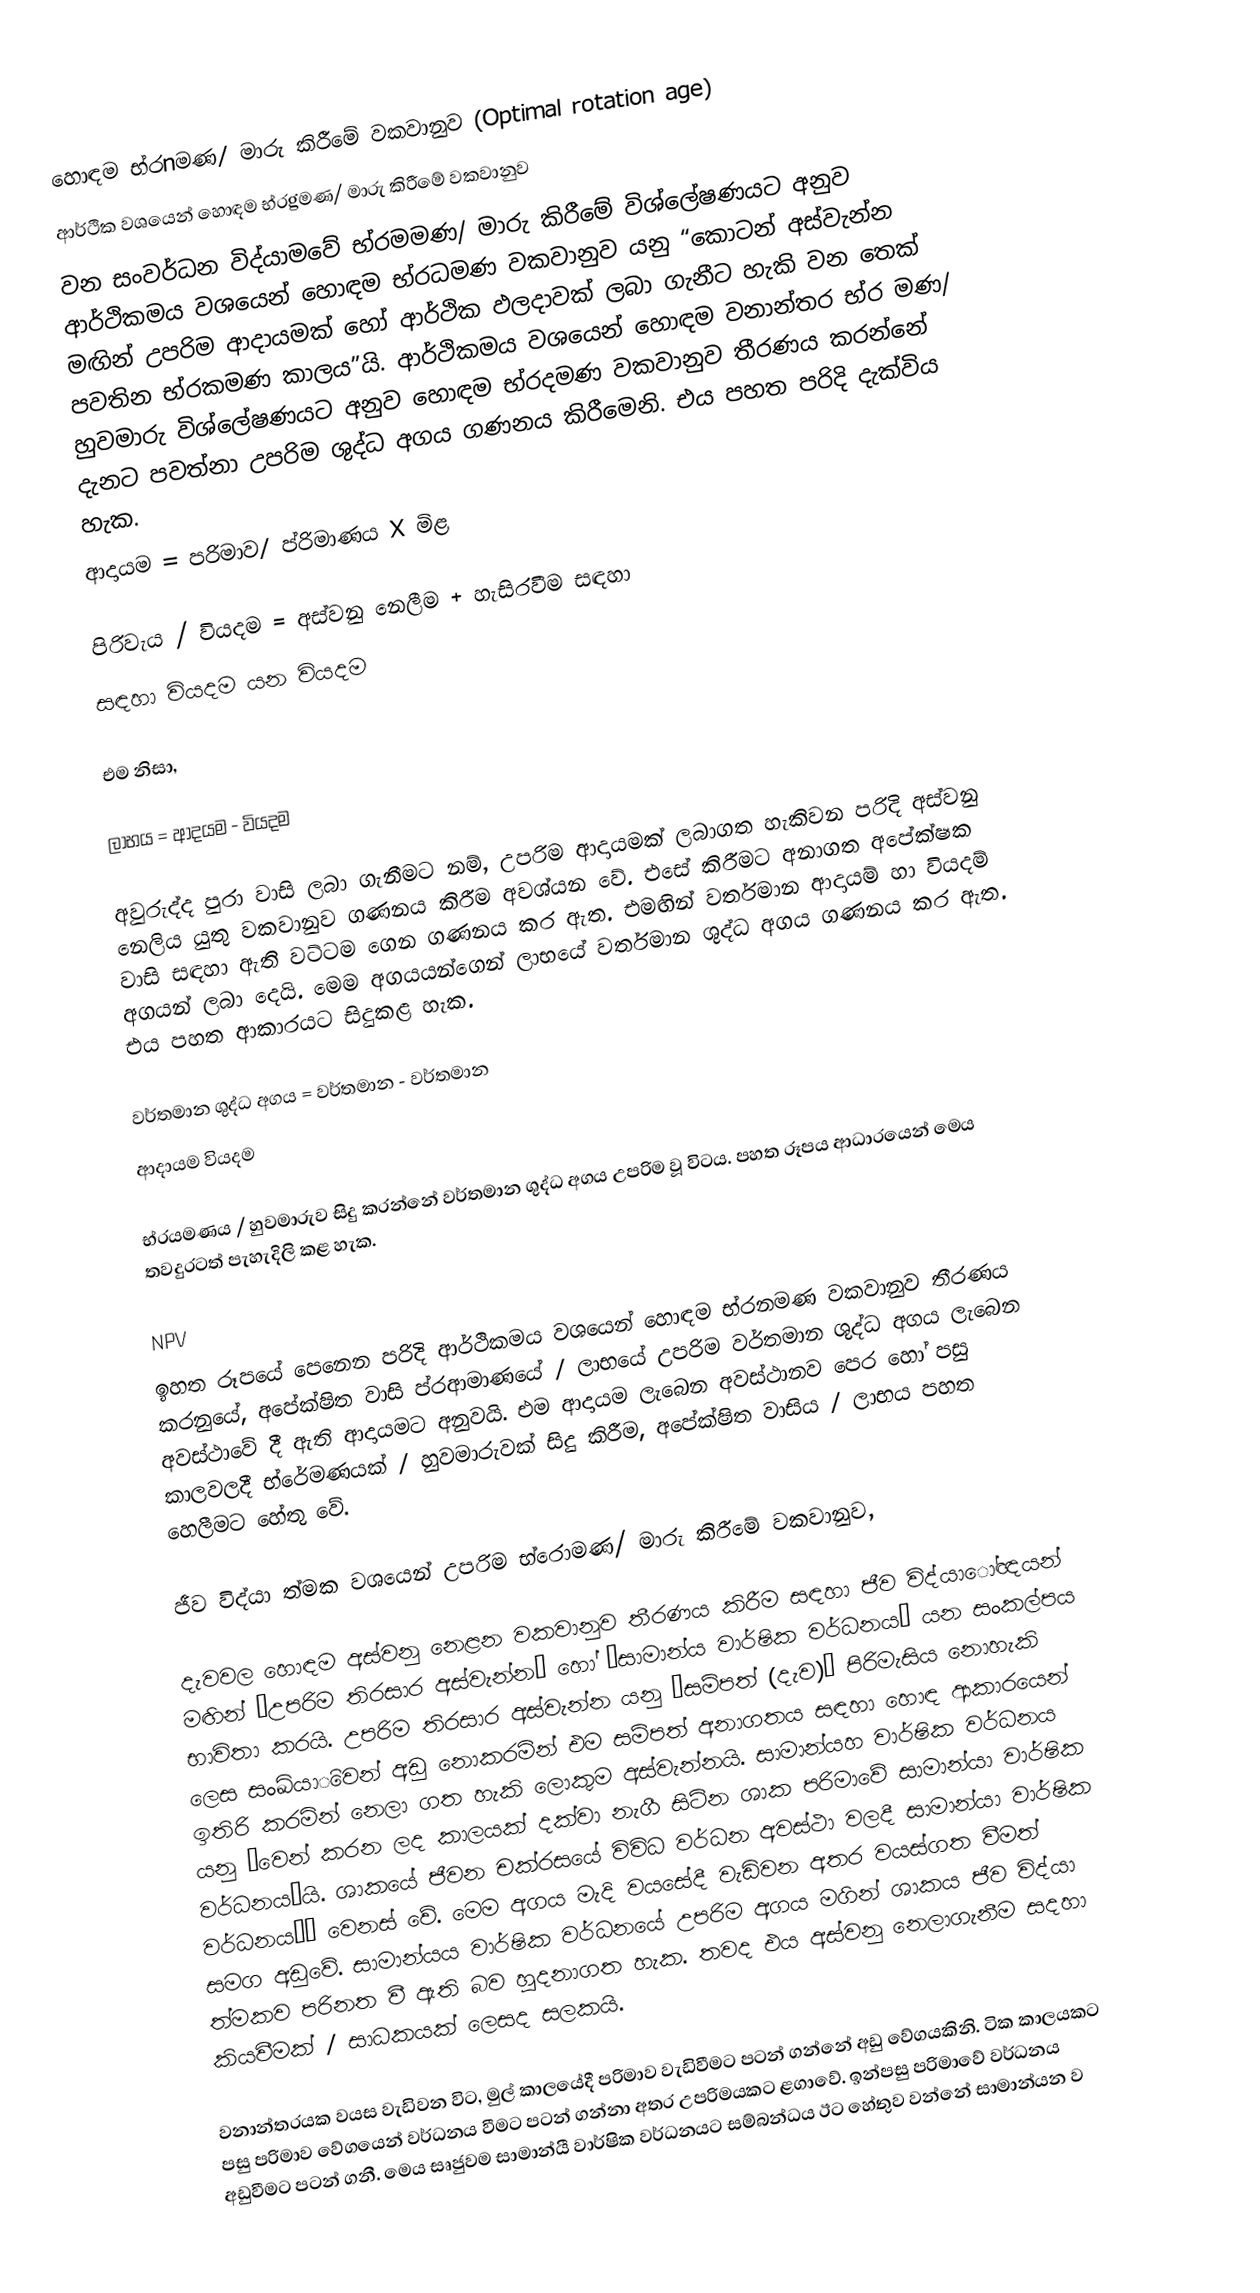
හොඳම භ්රnමණ/ මාරු කිරීමේ වකවානුව (Optimal rotation age)
ආර්ථික වශයෙන් හොඳම භ්රgමණ/ මාරු කිරීමේ වකවානුව
වන සංවර්ධන විද්යාමවේ භ්රමමණ/ මාරු කිරීමේ විශ්ලේෂණයට අනුව ආර්ථිකමය වශයෙන් හොඳම භ්රධමණ වකවානුව යනු “කොටන් අස්වැන්න මඟින් උපරිම ආදායමක් හෝ ආර්ථික ඵලදාවක් ලබා ගැනීට හැකි වන තෙක් පවතින භ්රකමණ කාලය”යි. ආර්ථිකමය වශයෙන් හොඳම වනාන්තර භ්ර මණ/ හුවමාරු විශ්ලේෂණයට අනුව හොඳම භ්රදමණ වකවානුව තීරණය කරන්නේ දැනට පවත්නා උපරිම ශුද්ධ අගය ගණනය කිරීමෙනි. එය පහත පරිදි දැක්විය හැක.
ආදායම 	=	පරිමාව/ ප්රිමාණය  X මිළ

පිරිවැය / වියදම 	=	අස්වනු නෙලීම 		+	හැසිරවීම සඳහා
				සඳහා වියදම			යන වියදම

එම නිසා,

	ලාභය	=	ආදයම  	-	වියදම

අවුරුද්ද පුරා වාසි ලබා ගැනීමට නම්, උපරිම ආදායමක් ලබාගත හැකිවන පරිදි අස්වනු නෙලිය යුතු වකවානුව  ගණනය කිරීම අවශ්යන වේ. එසේ කිරීමට අනාගත අපේක්ෂක වාසි සඳහා ඇති වට්ටම ගෙන ගණනය කර ඇත. එමඟින් වර්තමාන ආදායම් හා වියදම් අගයන් ලබා දෙයි. මෙම අගයයන්ගෙන් ලාභයේ වර්තමාන ශුද්ධ අගය ගණනය කර ඇත. එය පහත ආකාරයට සිදුකළ හැක.

වර්තමාන ශුද්ධ අගය	=	වර්තමාන	-	වර්තමාන
				ආදායම			වියදම

භ්රයමණය / හුවමාරුව සිදු කරන්නේ වර්තමාන ශුද්ධ අගය උපරිම වූ විටය. පහත රූපය ආධාරයෙන් මෙය තවදුරටත් පැහැදිලි කළ හැක.

NPV
ඉහත රූපයේ පෙනෙන පරිදි ආර්ථිකමය වශයෙන් හොඳම භ්රනමණ වකවානුව තීරණය කරනුයේ, අපේක්ෂිත වාසි ප්රආමාණයේ / ලාභයේ උපරිම වර්තමාන ශුද්ධ අගය ලැබෙන අවස්ථාවේ දී ඇති ආදායමට අනුවයි. එම ආදායම ලැබෙන අවස්ථානව පෙර හෝ පසු කාලවලදී භ්රේමණයක් / හුවමාරුවක් සිදු කිරීම, අපේක්ෂිත වාසිය / ලාභය පහත හෙලීමට හේතු වේ.

ජීව විද්යා ත්මක වශයෙන් උපරිම භ්රොමණ/ මාරු කිරීමේ වකවානුව,

දැවවල හොඳම අස්වනු නෙළන වකවානුව තීරණය කිරීම සඳහා ජීව විද්යාෝඥයන් මඟින් “උපරිම තිරසාර අස්වැන්න” හෝ “සාමාන්ය  වාර්ෂික වර්ධනය” යන සංකල්පය භාවිතා කරයි. උපරිම තිරසාර අස්වැන්න යනු “සම්පත් (දැව)” පිරිමැසිය නොහැකි ලෙස සංඛ්යාිවෙන් අඩු නොකරමින් එම සම්පත් අනාගතය සඳහා හොඳ ආකාරයෙන් ඉතිරි කරමින් නෙලා ගත හැකි ලොකුම අස්වැන්නයි. සාමාන්යහ වාර්ෂික වර්ධනය යනු “වෙන් කරන ලද කාලයක් දක්වා නැගී සිටින ශාක පරිමාවේ සාමාන්යා වාර්ෂික වර්ධනය”යි. ශාකයේ ජීවන චක්රසයේ විවිධ වර්ධන අවස්ථා වලදී සාමාන්යා වාර්ෂික වර්ධනය’’ වෙනස් වේ. මෙම අගය මැදි වයසේදී වැඩිවන අතර වයස්ගත වීමත් සමග අඩුවේ. සාමාන්යය වාර්ෂික වර්ධනයේ උපරිම අගය මගින් ශාකය ජීව විද්යා ත්මකව පරිනත වී ඇති බව හුදනාගත හැක. තවද එය අස්වනු නෙලාගැනීම සදහා කියවීමක් / සාධකයක් ලෙසද සලකයි.

වනාන්තරයක වයස වැඩිවන විට, මුල් කාලයේදී පරිමාව වැඩිවීමට පටන් ගන්නේ අඩු වේගයකිනි. ටික කාලයකට පසු පරිමාව වේගයෙන් වර්ධනය වීමට පටන් ගන්නා අතර උපරිමයකට ළගාවේ. ඉන්පසු පරිමාවේ වර්ධනය අඩුවීමට පටන් ගනී. මෙය සෘජුවම සාමාන්යී වාර්ෂික වර්ධනයට සම්බන්ධය ඊට හේතුව වන්නේ සාමාන්යන ව